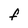
Character: F